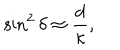
\sin ^ { 2 } { \delta } \approx \frac { d } { \kappa } ,